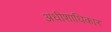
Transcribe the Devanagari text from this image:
अधीशाधिकार